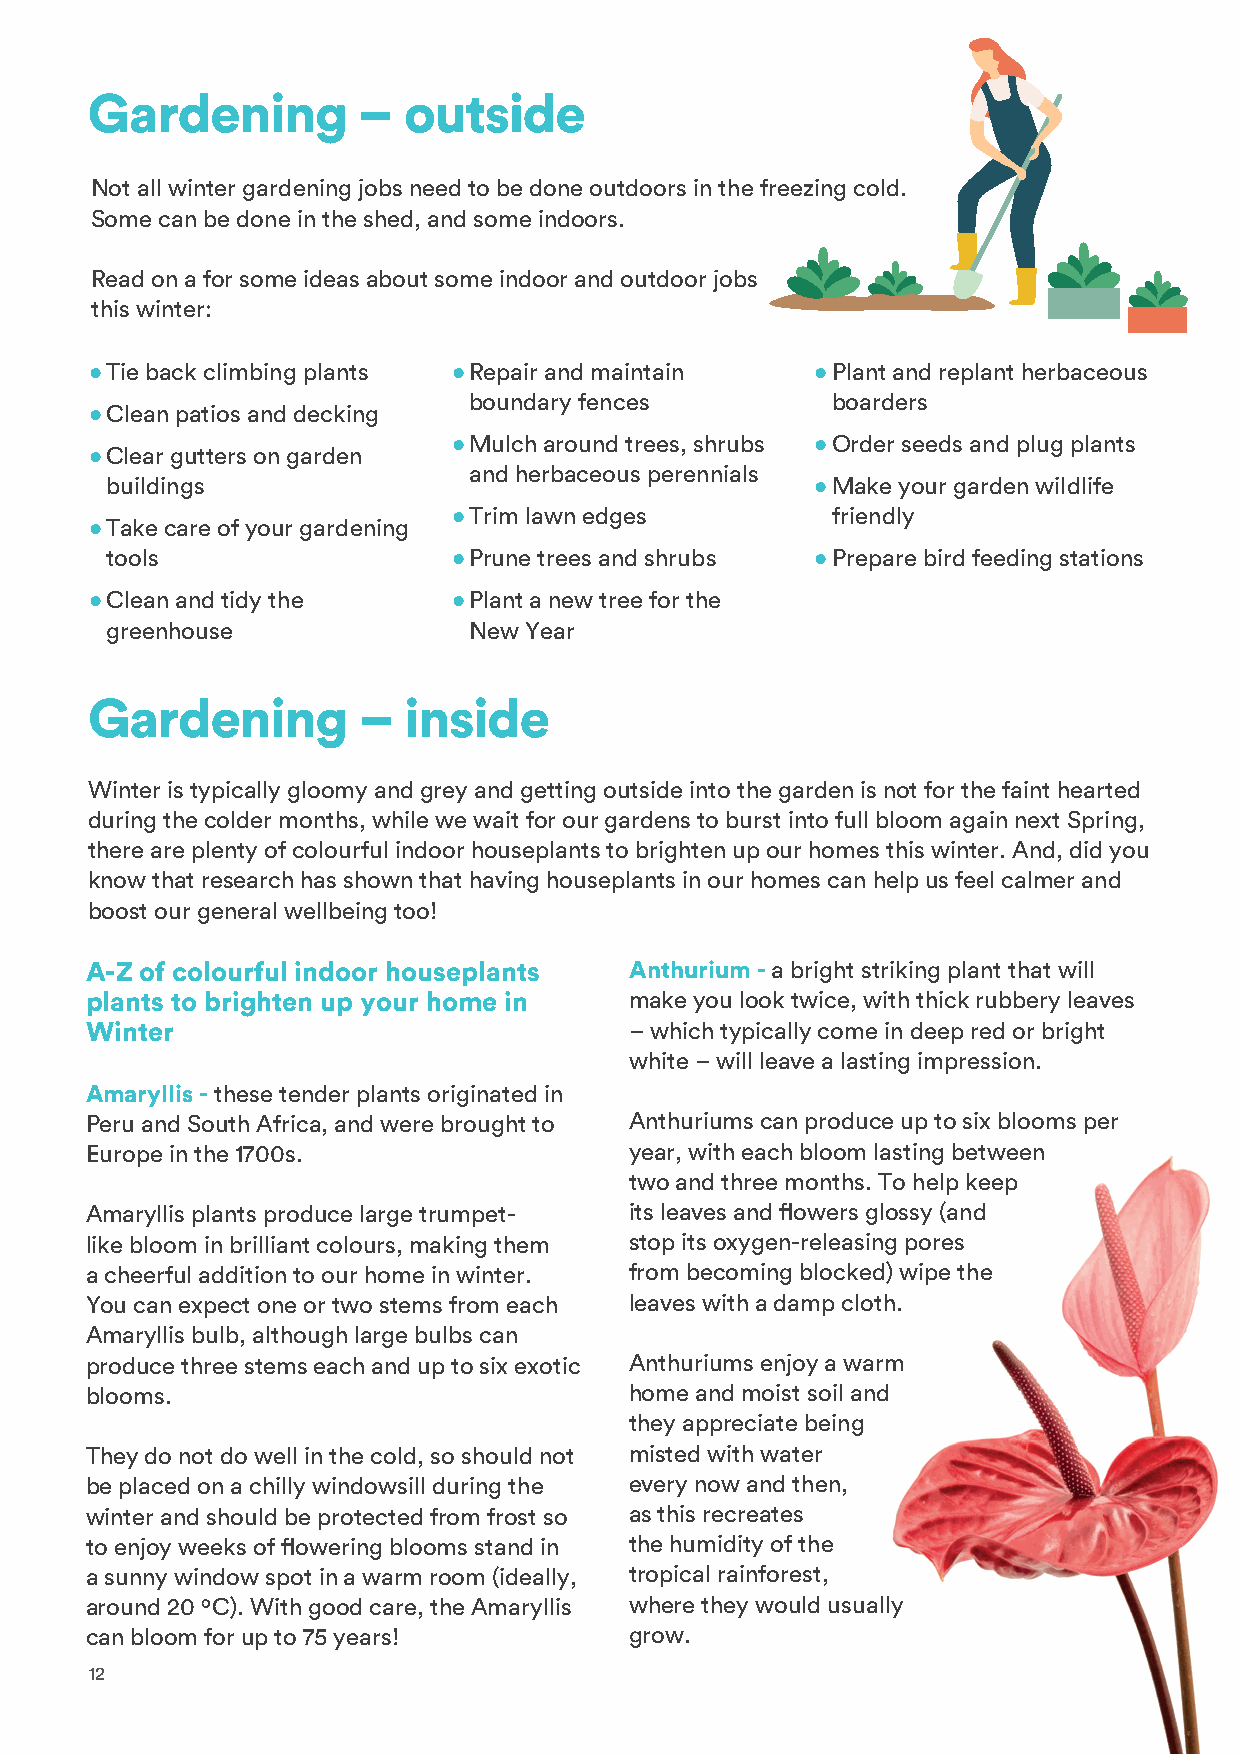
Gardening         –  outside
 Not all winter gardening jobs need to be done outdoors in the freezing cold.
 Some can be done in the shed, and some indoors.
 Read on a for some ideas about some indoor and outdoor jobs
 this winter:
 • Tie back climbing plants • Repair and maintain • Plant and replant herbaceous
 boundary fences         boarders
 • Clean patios and decking
 • Mulch around trees, shrubs • Order seeds and plug plants
 • Clear gutters on garden
 and herbaceous perennials
 buildings                                      • Make your garden wildlife
 • Trim lawn edges        friendly
 • Take care of your gardening
 tools                  • Prune trees and shrubs • Prepare bird feeding stations
 • Clean and tidy the    • Plant a new tree for the
 greenhouse              New Year
 Gardening         –  inside
 Winter is typically gloomy and grey and getting outside into the garden is not for the faint hearted
 during the colder months, while we wait for our gardens to burst into full bloom again next Spring,
 there are plenty of colourful indoor houseplants to brighten up our homes this winter. And, did you
 know that research has shown that having houseplants in our homes can help us feel calmer and
 boost our general wellbeing too!
 A-Z of colourful indoor houseplants Anthurium - a bright striking plant that will
 plants to brighten up your home in  make you look twice, with thick rubbery leaves
 Winter                              – which typically come in deep red or bright
 white – will leave a lasting impression.
 Amaryllis - these tender plants originated in
 Peru and South Africa, and were brought to Anthuriums can produce up to six blooms per
 Europe in the 1700s.                year, with each bloom lasting between
 two and three months. To help keep
 Amaryllis plants produce large trumpet- its leaves and flowers glossy (and
 like bloom in brilliant colours, making them stop its oxygen-releasing pores
 a cheerful addition to our home in winter. from becoming blocked) wipe the
 You can expect one or two stems from each leaves with a damp cloth.
 Amaryllis bulb, although large bulbs can
 produce three stems each and up to six exotic Anthuriums enjoy a warm
 blooms.                             home and moist soil and
 they appreciate being
 They do not do well in the cold, so should not misted with water
 be placed on a chilly windowsill during the every now and then,
 winter and should be protected from frost so as this recreates
 to enjoy weeks of flowering blooms stand in the humidity of the
 a sunny window spot in a warm room (ideally, tropical rainforest,
 around 20 oC). With good care, the Amaryllis where they would usually
 can bloom for up to 75 years!       grow.
 12